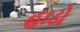
હાડો